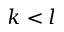
k < l